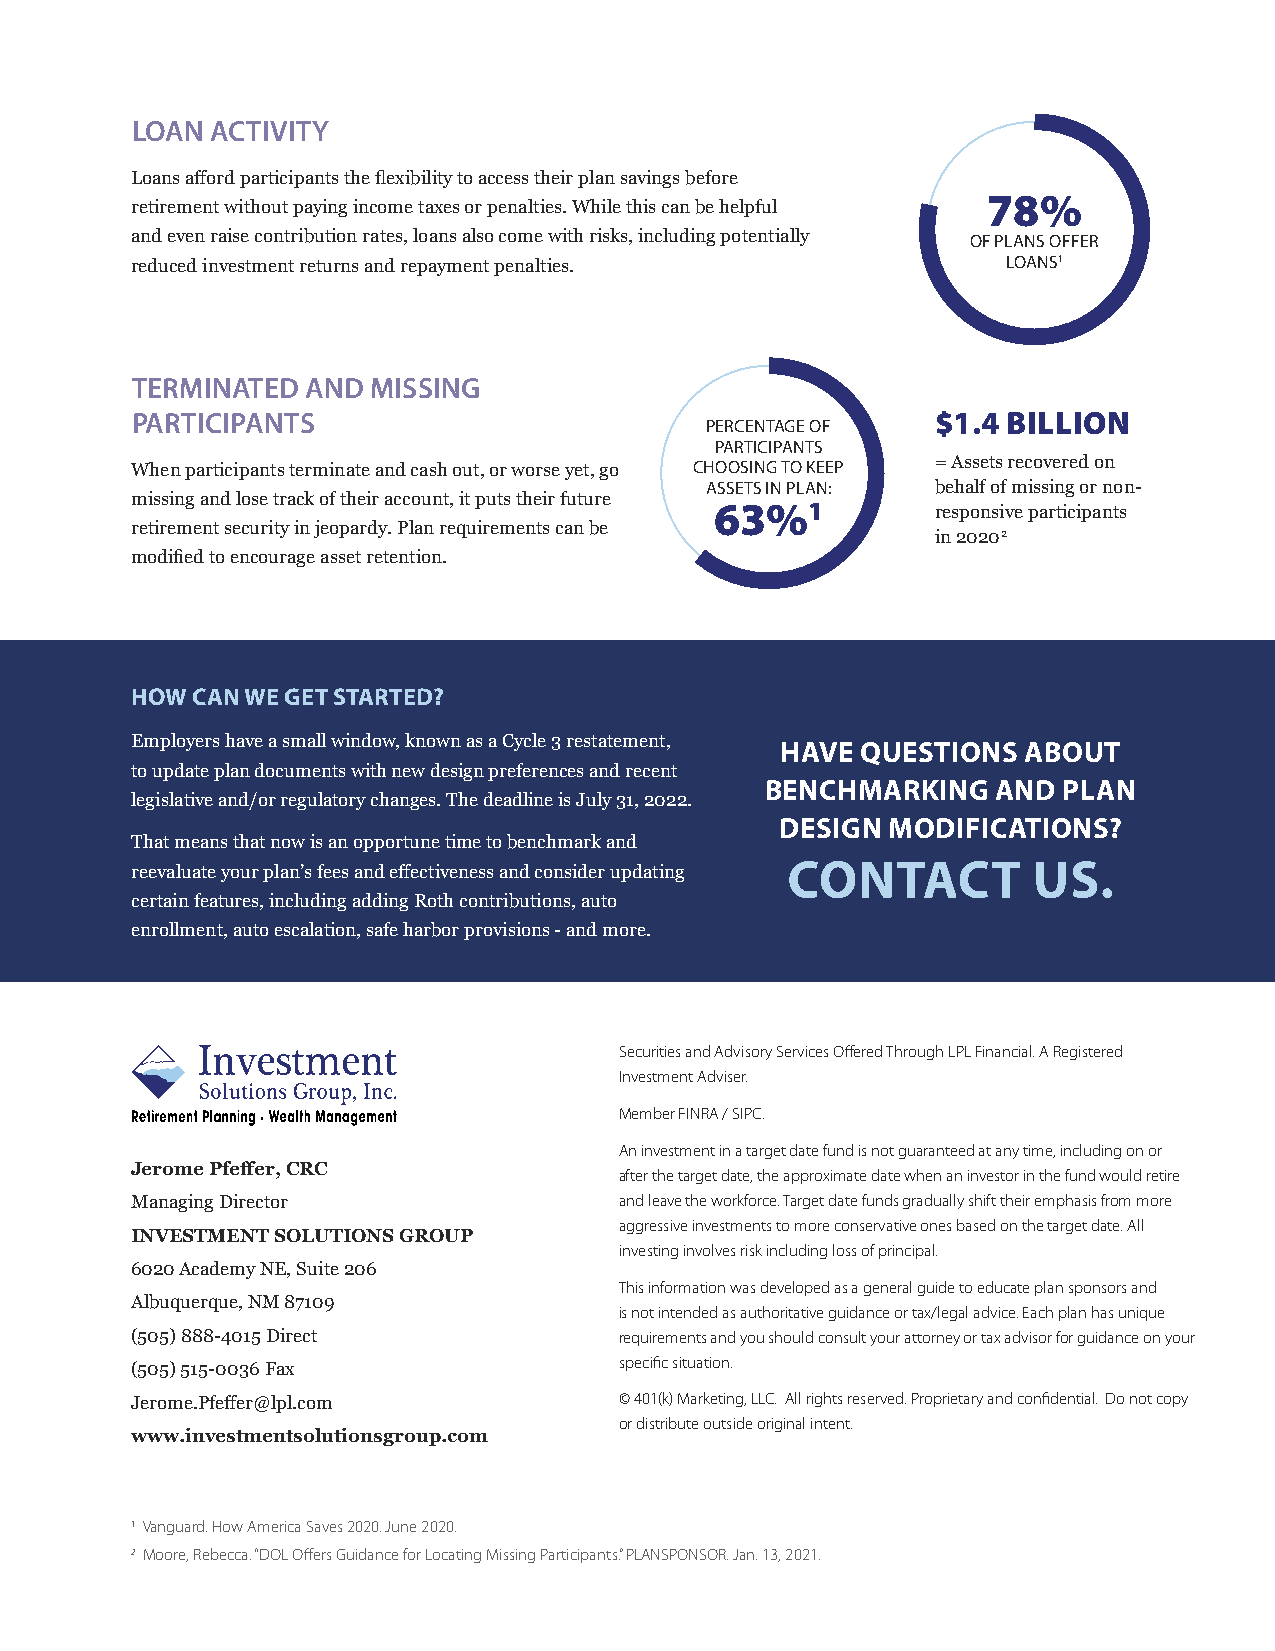
LOAN ACTIVITY
 Loans afford participants the flexibility to access their plan savings before
 78%
 retirement without paying income taxes or penalties. While this can be helpful
 and even raise contribution rates, loans also come with risks, including potentially OF PLANS OFFER
 reduced investment returns and repayment penalties.       LOANS1
 TERMINATED AND MISSING
 PARTICIPANTS                                         $1.4 BILLION
 PERCENTAGE OF
 PARTICIPANTS
 When participants terminate and cash out, or worse yet, go CHOOSING TO KEEP = Assets recovered on
 ASSETS IN PLAN: behalf of missing or non-
 missing and lose track of their account, it puts their future
 63%1           responsive participants
 retirement security in jeopardy. Plan requirements can be
 in 2020 2
 modified to encourage asset retention.
 HOW CAN WE GET STARTED?
 Employers have a small window, known as a Cycle 3 restatement, HAVE QUESTIONS ABOUT
 to update plan documents with new design preferences and recent
 BENCHMARKING   AND PLAN
 legislative and/or regulatory changes. The deadline is July 31, 2022.
 DESIGN MODIFICATIONS?
 That means that now is an opportune time to benchmark and
 CONTACT         US.
 reevaluate your plan’s fees and effectiveness and consider updating
 certain features, including adding Roth contributions, auto
 enrollment, auto escalation, safe harbor provisions - and more.
 Securities and Advisory Services Offered Through LPL Financial. A Registered
 Investment Adviser.
 Member FINRA / SIPC.
 An investment in a target date fund is not guaranteed at any time, including on or
 Jerome Pfeffer, CRC             after the target date, the approximate date when an investor in the fund would retire
 Managing Director               and leave the workforce. Target date funds gradually shift their emphasis from more
 aggressive investments to more conservative ones based on the target date. All
 INVESTMENT SOLUTIONS GROUP
 investing involves risk including loss of principal.
 6020 Academy NE, Suite 206
 This information was developed as a general guide to educate plan sponsors and
 Albuquerque, NM 87109
 is not intended as authoritative guidance or tax/legal advice. Each plan has unique
 (505) 888-4015 Direct           requirements and you should consult your attorney or tax advisor for guidance on your
 specific situation.
 (505) 515-0036 Fax
 Jerome.Pfeffer@lpl.com          © 401(k) Marketing, LLC. All rights reserved. Proprietary and confidential. Do not copy
 or distribute outside original intent.
 www.investmentsolutionsgroup.com
 1 Vanguard. How America Saves 2020. June 2020.
 2 Moore, Rebecca. “DOL Offers Guidance for Locating Missing Participants.” PLANSPONSOR. Jan. 13, 2021.